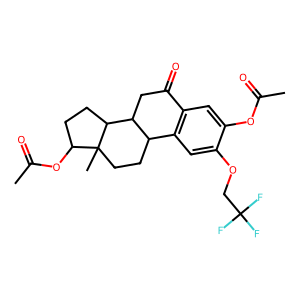
SMILES: CC(=O)Oc1cc2c(cc1OCC(F)(F)F)C1CCC3(C)C(OC(C)=O)CCC3C1CC2=O
Inhibits HIV replication: No